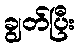
ချွတ်ပြီး